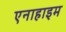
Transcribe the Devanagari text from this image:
एनाहाइम